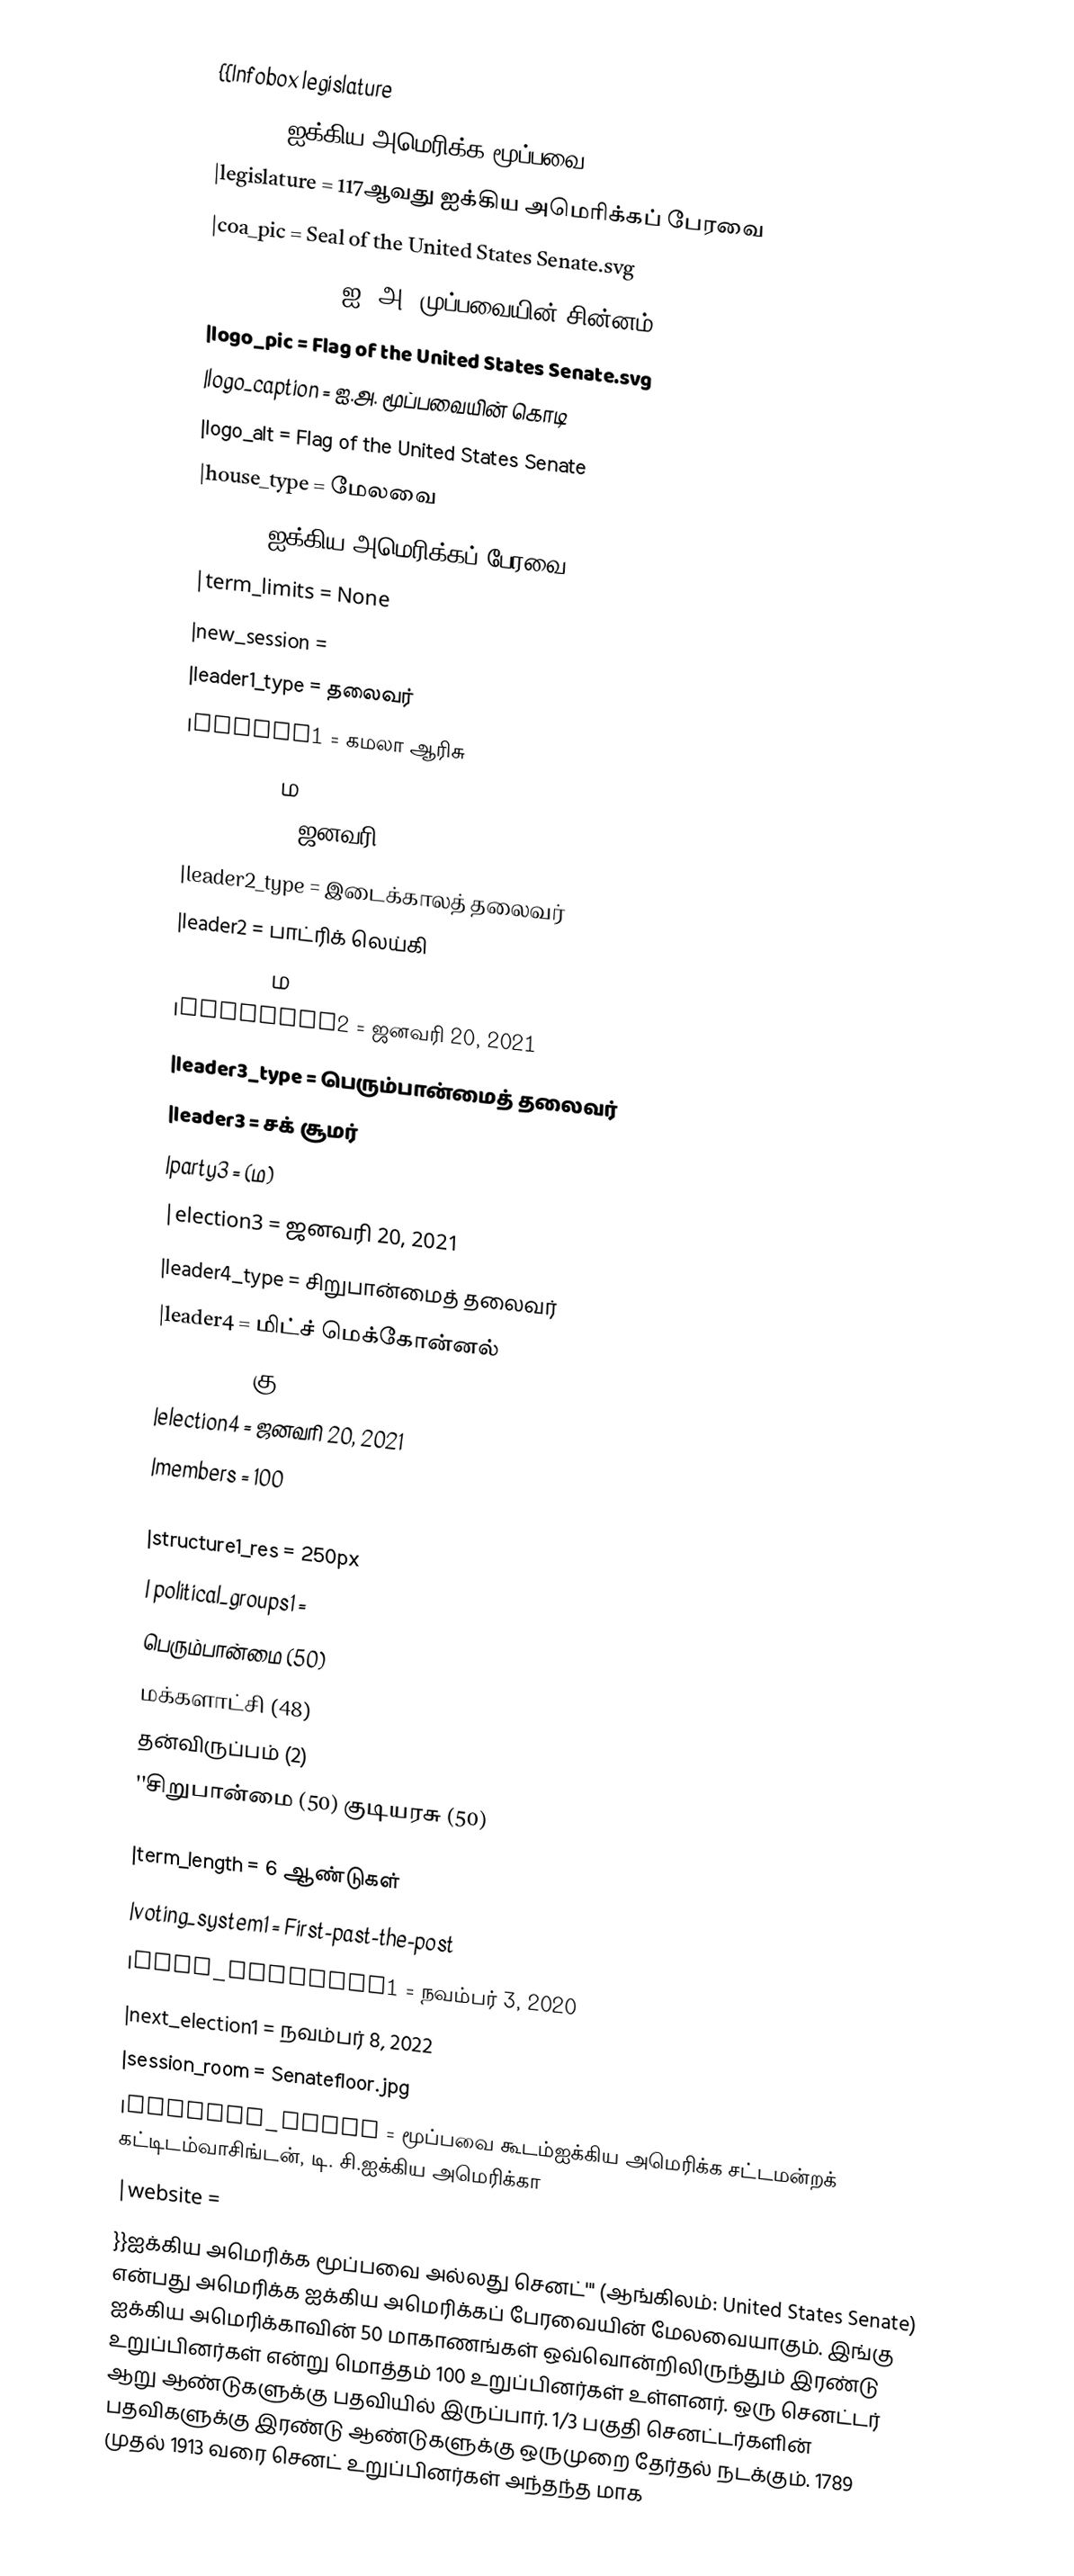
{{Infobox legislature
|name              = ஐக்கிய அமெரிக்க மூப்பவை
|legislature       = 117ஆவது ஐக்கிய அமெரிக்கப் பேரவை
|coa_pic           = Seal of the United States Senate.svg
|coa_caption       = ஐ. அ. முப்பவையின் சின்னம்
|logo_pic          = Flag of the United States Senate.svg
|logo_caption      = ஐ.அ. மூப்பவையின் கொடி
|logo_alt          = Flag of the United States Senate
|house_type        = மேலவை
|body              = ஐக்கிய அமெரிக்கப் பேரவை
|term_limits       = None
|new_session       =
|leader1_type      = தலைவர்
|leader1           = கமலா ஆரிசு
|party1            = (ம)
|election1         = ஜனவரி 20, 2021
|leader2_type      = இடைக்காலத் தலைவர்
|leader2           = பாட்ரிக் லெய்கி
|party2            = (ம)
|election2         = ஜனவரி 20, 2021
|leader3_type      = பெரும்பான்மைத் தலைவர்
|leader3           = சக் சூமர்
|party3            = (ம)
|election3         = ஜனவரி 20, 2021
|leader4_type      = சிறுபான்மைத் தலைவர்
|leader4           = மிட்ச் மெக்கோன்னல்
|party4            = (கு)
|election4         = ஜனவரி 20, 2021
|members           = 100
|structure1        = 117th_United_States_Senate.svg
|structure1_res    = 250px
| political_groups1 =
பெரும்பான்மை (50)
  மக்களாட்சி (48)
  தன்விருப்பம் (2)
''சிறுபான்மை (50)  குடியரசு (50)

|term_length       = 6 ஆண்டுகள்
|voting_system1    = First-past-the-post
|last_election1    = நவம்பர் 3, 2020
|next_election1    = நவம்பர் 8, 2022
|session_room      = Senatefloor.jpg
|meeting_place     = மூப்பவை கூடம்ஐக்கிய அமெரிக்க சட்டமன்றக் கட்டிடம்வாசிங்டன், டி. சி.ஐக்கிய அமெரிக்கா
|website           =
}}ஐக்கிய அமெரிக்க மூப்பவை அல்லது செனட்''' (ஆங்கிலம்: United States Senate) என்பது அமெரிக்க ஐக்கிய அமெரிக்கப் பேரவையின் மேலவையாகும். இங்கு ஐக்கிய அமெரிக்காவின் 50 மாகாணங்கள் ஒவ்வொன்றிலிருந்தும் இரண்டு உறுப்பினர்கள் என்று மொத்தம் 100 உறுப்பினர்கள் உள்ளனர். ஒரு செனட்டர் ஆறு ஆண்டுகளுக்கு பதவியில் இருப்பார். 1/3 பகுதி செனட்டர்களின் பதவிகளுக்கு இரண்டு ஆண்டுகளுக்கு ஒருமுறை தேர்தல் நடக்கும். 1789 முதல் 1913 வரை செனட் உறுப்பினர்கள் அந்தந்த மாக